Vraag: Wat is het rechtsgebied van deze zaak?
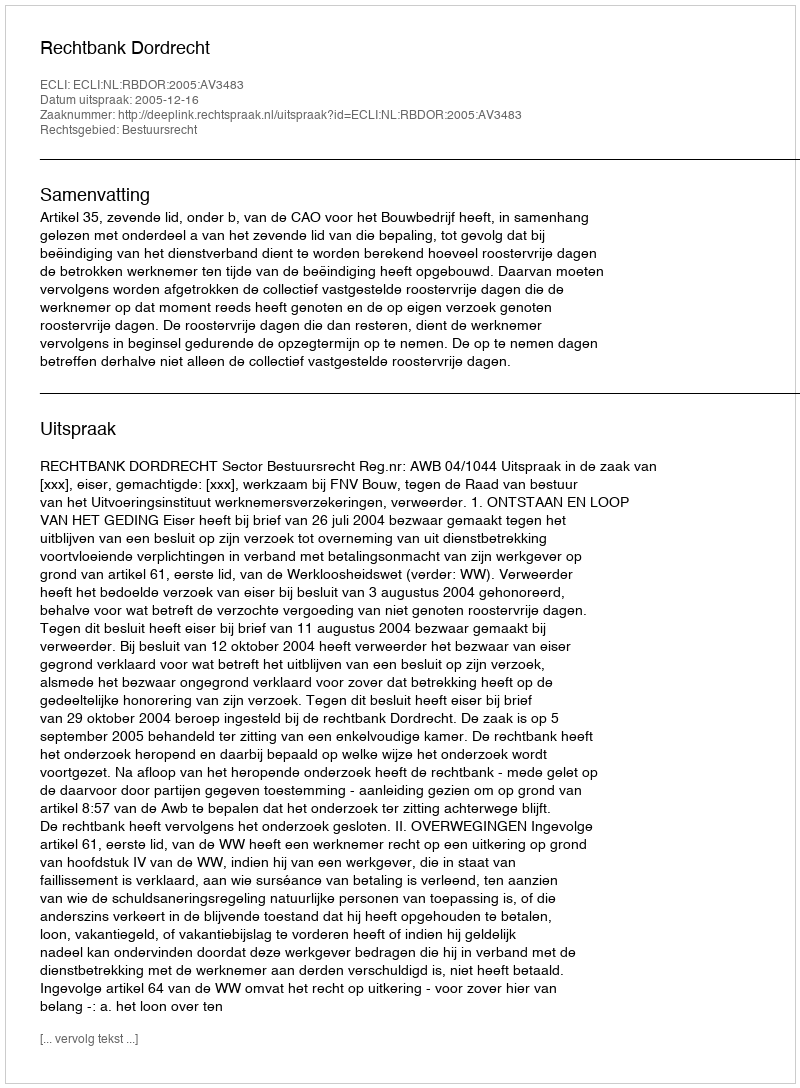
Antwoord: Bestuursrecht